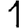
Digit: 1